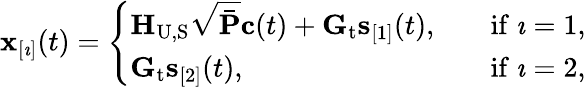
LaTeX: \begin{array}{r}{\mathbf{x}_{[\imath]}(t)=\left\{ \begin{array}{ll}{\mathbf{H}_{\mathrm{U},\mathrm{S}}\sqrt{\mathbf{\bar{P}}}\mathbf{c}(t)+\mathbf{G}_{\mathrm{t}}\mathbf{s}_{[1]}(t),\quad}&{\mathrm{if}\ \imath=1,}\\ {\mathbf{G}_{\mathrm{t}}\mathbf{s}_{[2]}(t),\quad}&{\mathrm{if}\ \imath=2,}\end{array}\right.}\end{array}